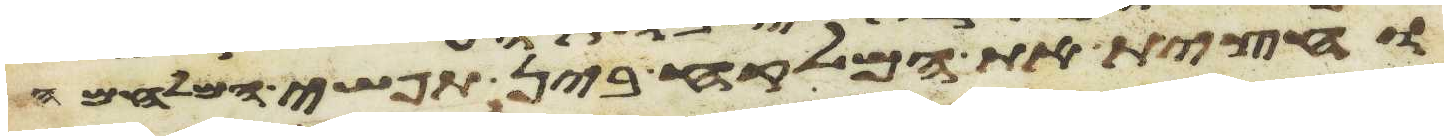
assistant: וחצית את המלקח בין תפשי המלחמה